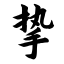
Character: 挚